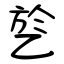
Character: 乻